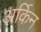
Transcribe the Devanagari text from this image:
अर्किन